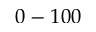
0 - 1 0 0